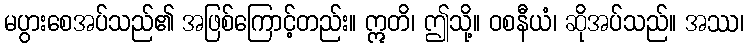
မပွားစေအပ်သည်၏ အဖြစ်ကြောင့်တည်း။ ဣတိ၊ ဤသို့။ ဝစနီယံ၊ ဆိုအပ်သည်။ အဿ၊